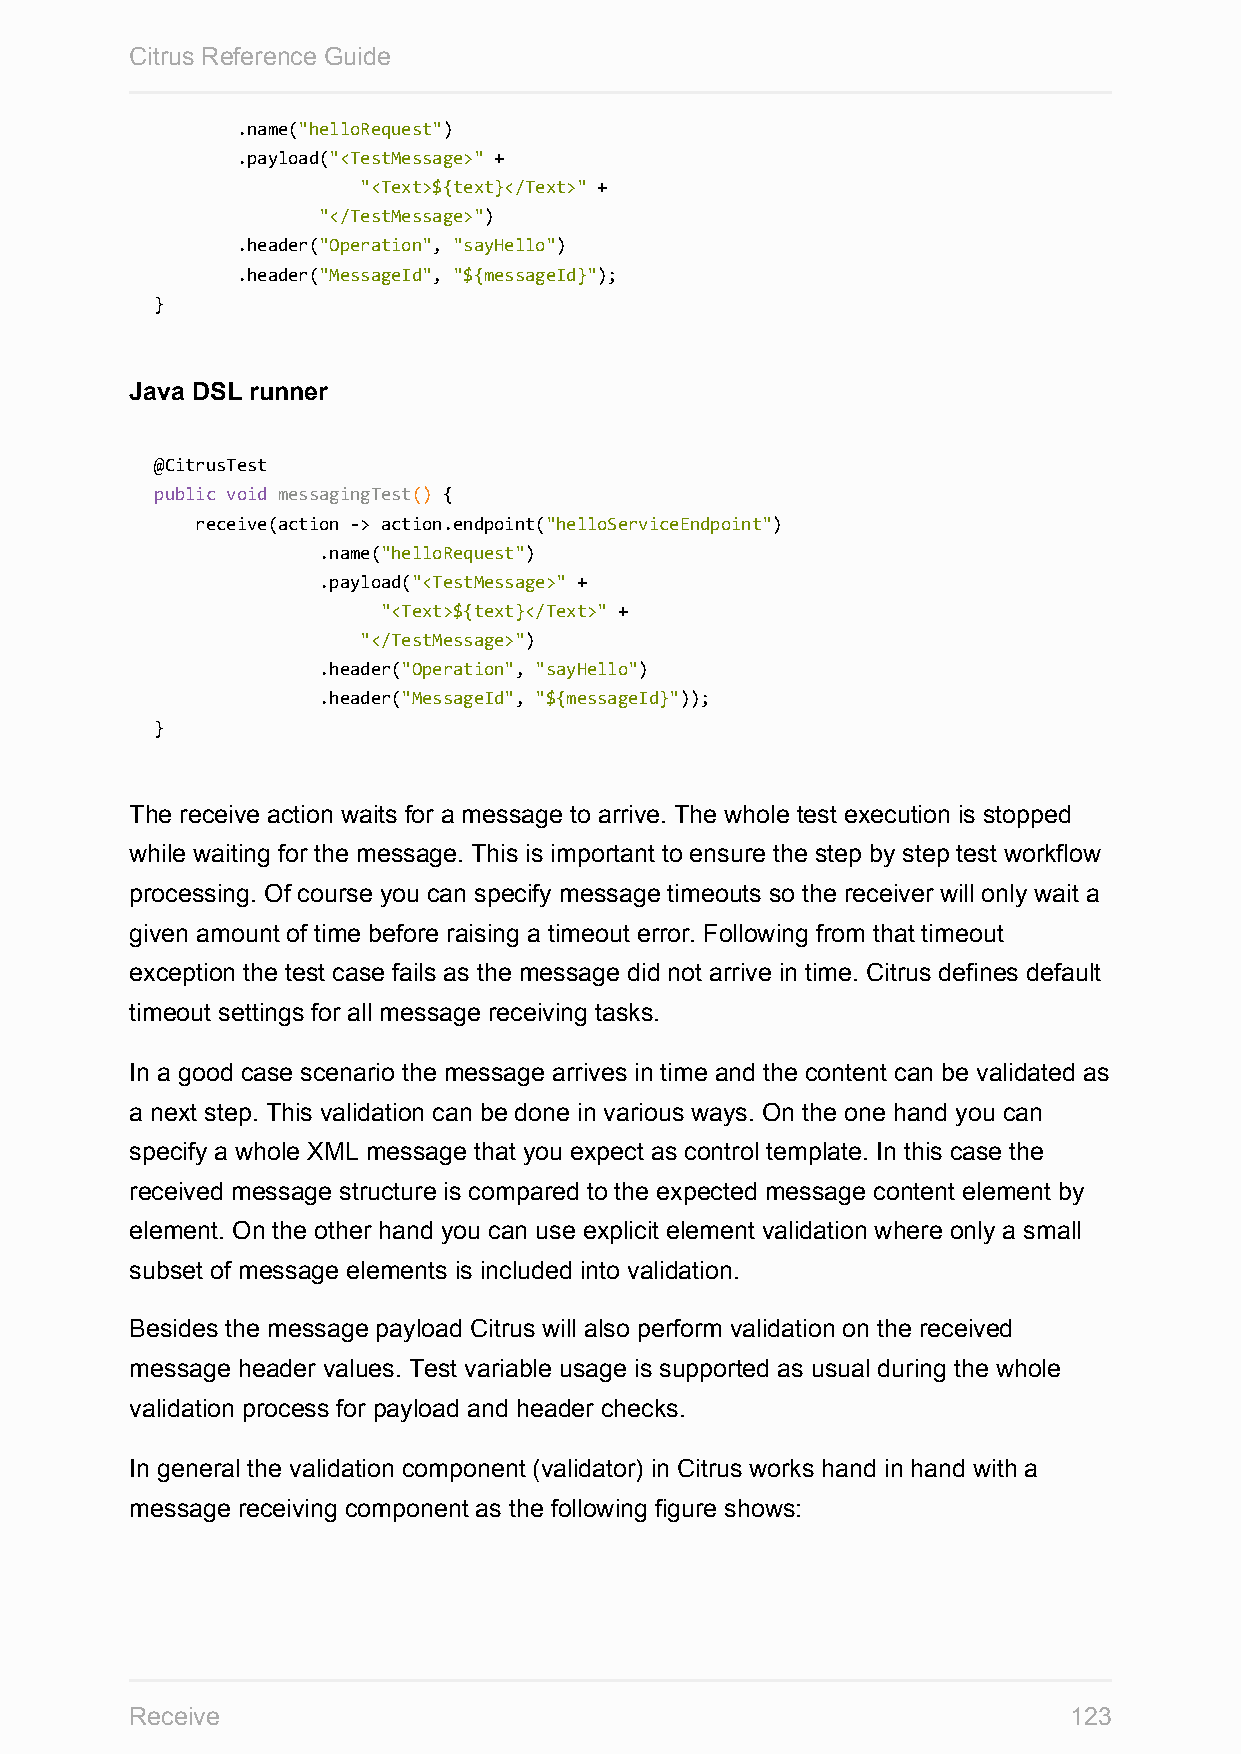
Citrus Reference Guide
 .name("helloRequest")
 .payload("<TestMessage>" +
 "<Text>${text}</Text>" +
 "</TestMessage>")
 .header("Operation", "sayHello")
 .header("MessageId", "${messageId}");
 }
 Java DSL runner
 @CitrusTest
 public void messagingTest() {
 receive(action -> action.endpoint("helloServiceEndpoint")
 .name("helloRequest")
 .payload("<TestMessage>" +
 "<Text>${text}</Text>" +
 "</TestMessage>")
 .header("Operation", "sayHello")
 .header("MessageId", "${messageId}"));
 }
 The receive action waits for a message to arrive. The whole test execution is stopped
 while waiting for the message. This is important to ensure the step by step test workflow
 processing. Of course you can specify message timeouts so the receiver will only wait a
 given amount of time before raising a timeout error. Following from that timeout
 exception the test case fails as the message did not arrive in time. Citrus defines default
 timeout settings for all message receiving tasks.
 In a good case scenario the message arrives in time and the content can be validated as
 a next step. This validation can be done in various ways. On the one hand you can
 specify a whole XML message that you expect as control template. In this case the
 received message structure is compared to the expected message content element by
 element. On the other hand you can use explicit element validation where only a small
 subset of message elements is included into validation.
 Besides the message payload Citrus will also perform validation on the received
 message header values. Test variable usage is supported as usual during the whole
 validation process for payload and header checks.
 In general the validation component (validator) in Citrus works hand in hand with a
 message receiving component as the following figure shows:
 Receive                                                       123